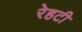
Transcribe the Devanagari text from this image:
रेहटी